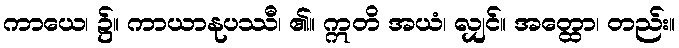
ကာယေ၊ ၌။ ကာယာနုပဿီ၊ ၏။ ဣတိ အယံ၊ လျှင်။ အတ္ထော၊ တည်း။